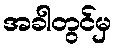
အခါတွင်မှ